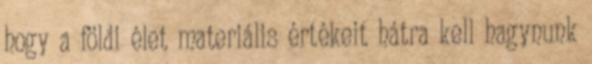
hogy a földi élet materiális értékeit hátra kell hagynunk